Vaccine operations Central Provinces 1886-1899 - 1886-1899
Year: 1886
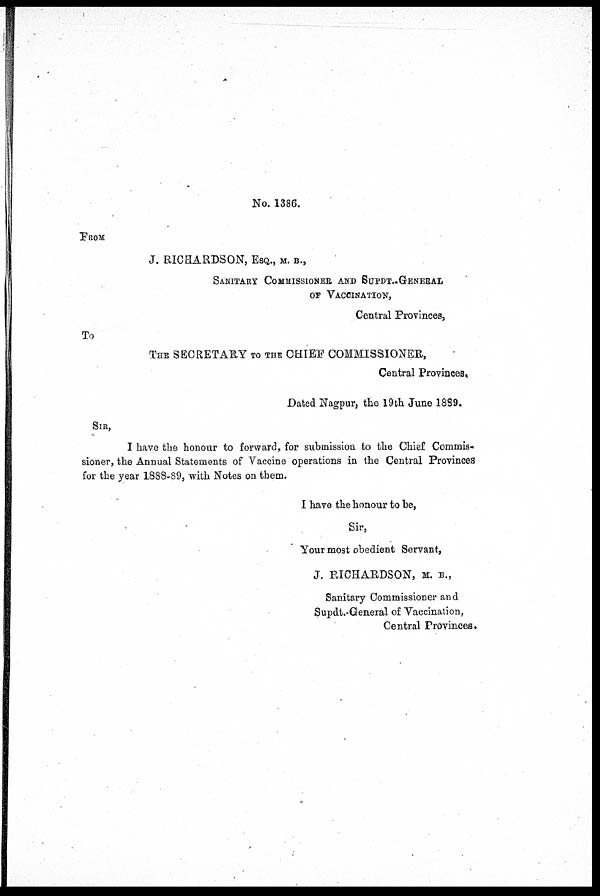
No. 1386.
FROM
J. RICHARDSON, ESQ., M. B.,
SANITARY COMMISSIONER AND SUPDT.-GENERAL
OF VACCINATION,
Central Provinces,
To
THE SECRETARY TO THE CHIEF COMMISSIONER,
Central Provinces.
Dated Nagpur, the 19th June 1889.
SIR,
I have the honour to forward, for submission to the Chief Commis-
sioner, the Annual Statements of Vaccine operations in the Central Provinces
for the year 1888-89, with Notes on them.
I have the honour to be,
Sir,
Your most obedient Servant,
J. RICHARDSON, M. B.,
Sanitary Commissioner and
Supdt.-General of Vaccination,
Central Provinces.